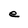
Character: e